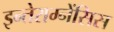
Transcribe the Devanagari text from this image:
इन्तेराम्नेंसिस